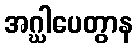
အဂ္ဃါပေတွာန